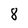
Character: 8